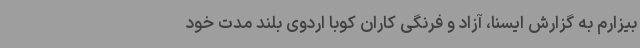
بیزارم به گزارش ایسنا، آزاد و فرنگی کاران کوبا اردوی بلند مدت خود